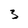
Character: 5